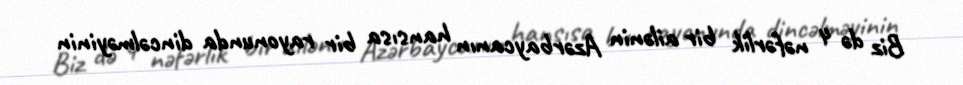
Biz də 4 nəfərlik bir ailənin Azərbaycanın hansısa bir rayonunda dincəlməyinin